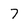
Character: 7